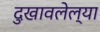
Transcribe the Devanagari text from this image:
दुखावलेल्या